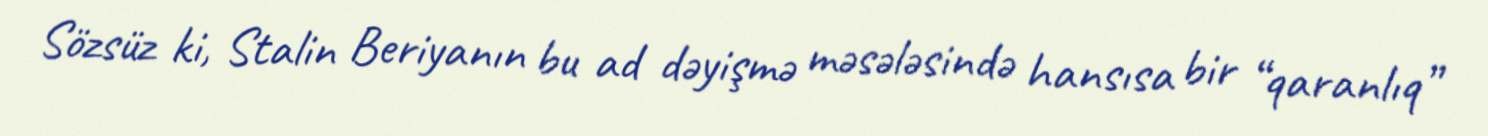
Sözsüz ki, Stalin Beriyanın bu ad dəyişmə məsələsində hansısa bir “qaranlıq”